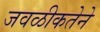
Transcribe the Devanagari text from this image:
जवळीकतेने